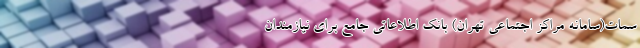
سمات(سامانه مراکز اجتماعی تهران) بانک اطلاعاتی جامع برای نیازمندان